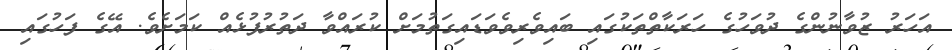
އަހަރު ޒުވާނުންގެ ދުވަހުގެ ހަރަކާތްތަކުގައި ބައިވެރިވެވަޑައިގަތުމަށް ކުރައްވާ ދަތުރުފުޅެއް ކަމަށެވެ. އޭގެ ފަހުގައި